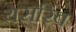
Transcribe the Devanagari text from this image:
यसरिब